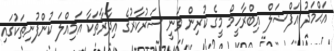
އަޙްމަދު އަފްޟަލް އިބްރާހީމް މީގެ ކުރިން ވަނީ ސަރުކާރުގެ އިދާރާތަކާ އަމިއްލަ ކުންފުނިތަކުގައި